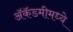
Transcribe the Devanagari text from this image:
अॅकॅडमीमध्ये